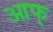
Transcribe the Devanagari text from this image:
आफ्